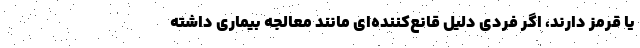
یا قرمز دارند، اگر فردی دلیل قانع‌کننده‌ای مانند معالجه بیماری داشته